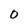
Character: 0